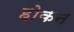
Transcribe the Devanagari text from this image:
होकन